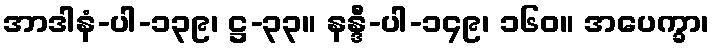
အာဒါနံ-ပါ-၁၃၉၊ ဋ္ဌ-၃၃။ နန္ဒီ-ပါ-၁၄၉၊ ၁၆၀။ အပေက္ခာ၊